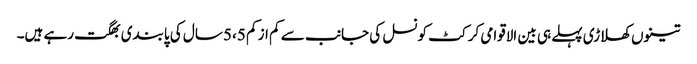
تینوں کھلاڑی پہلے ہی بین الاقوامی کرکٹ کونسل کی جانب سے کم از کم 5،5 سال کی پابندی بھگت رہے ہیں۔